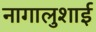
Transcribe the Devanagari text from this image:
नागालुशाई